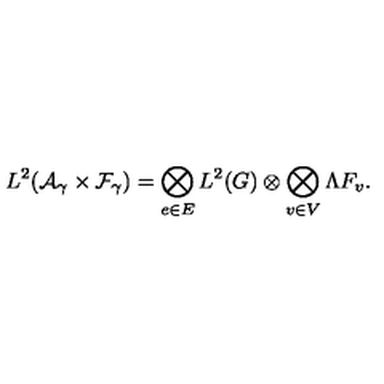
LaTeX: L ^ { 2 } ( { \cal A } _ { \gamma } \times { \cal F } _ { \gamma } ) = \bigotimes _ { e \in E } L ^ { 2 } ( G ) \otimes \bigotimes _ { v \in V } \Lambda F _ { v } .